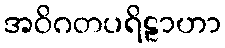
အဝိဂတပရိဠာဟာ